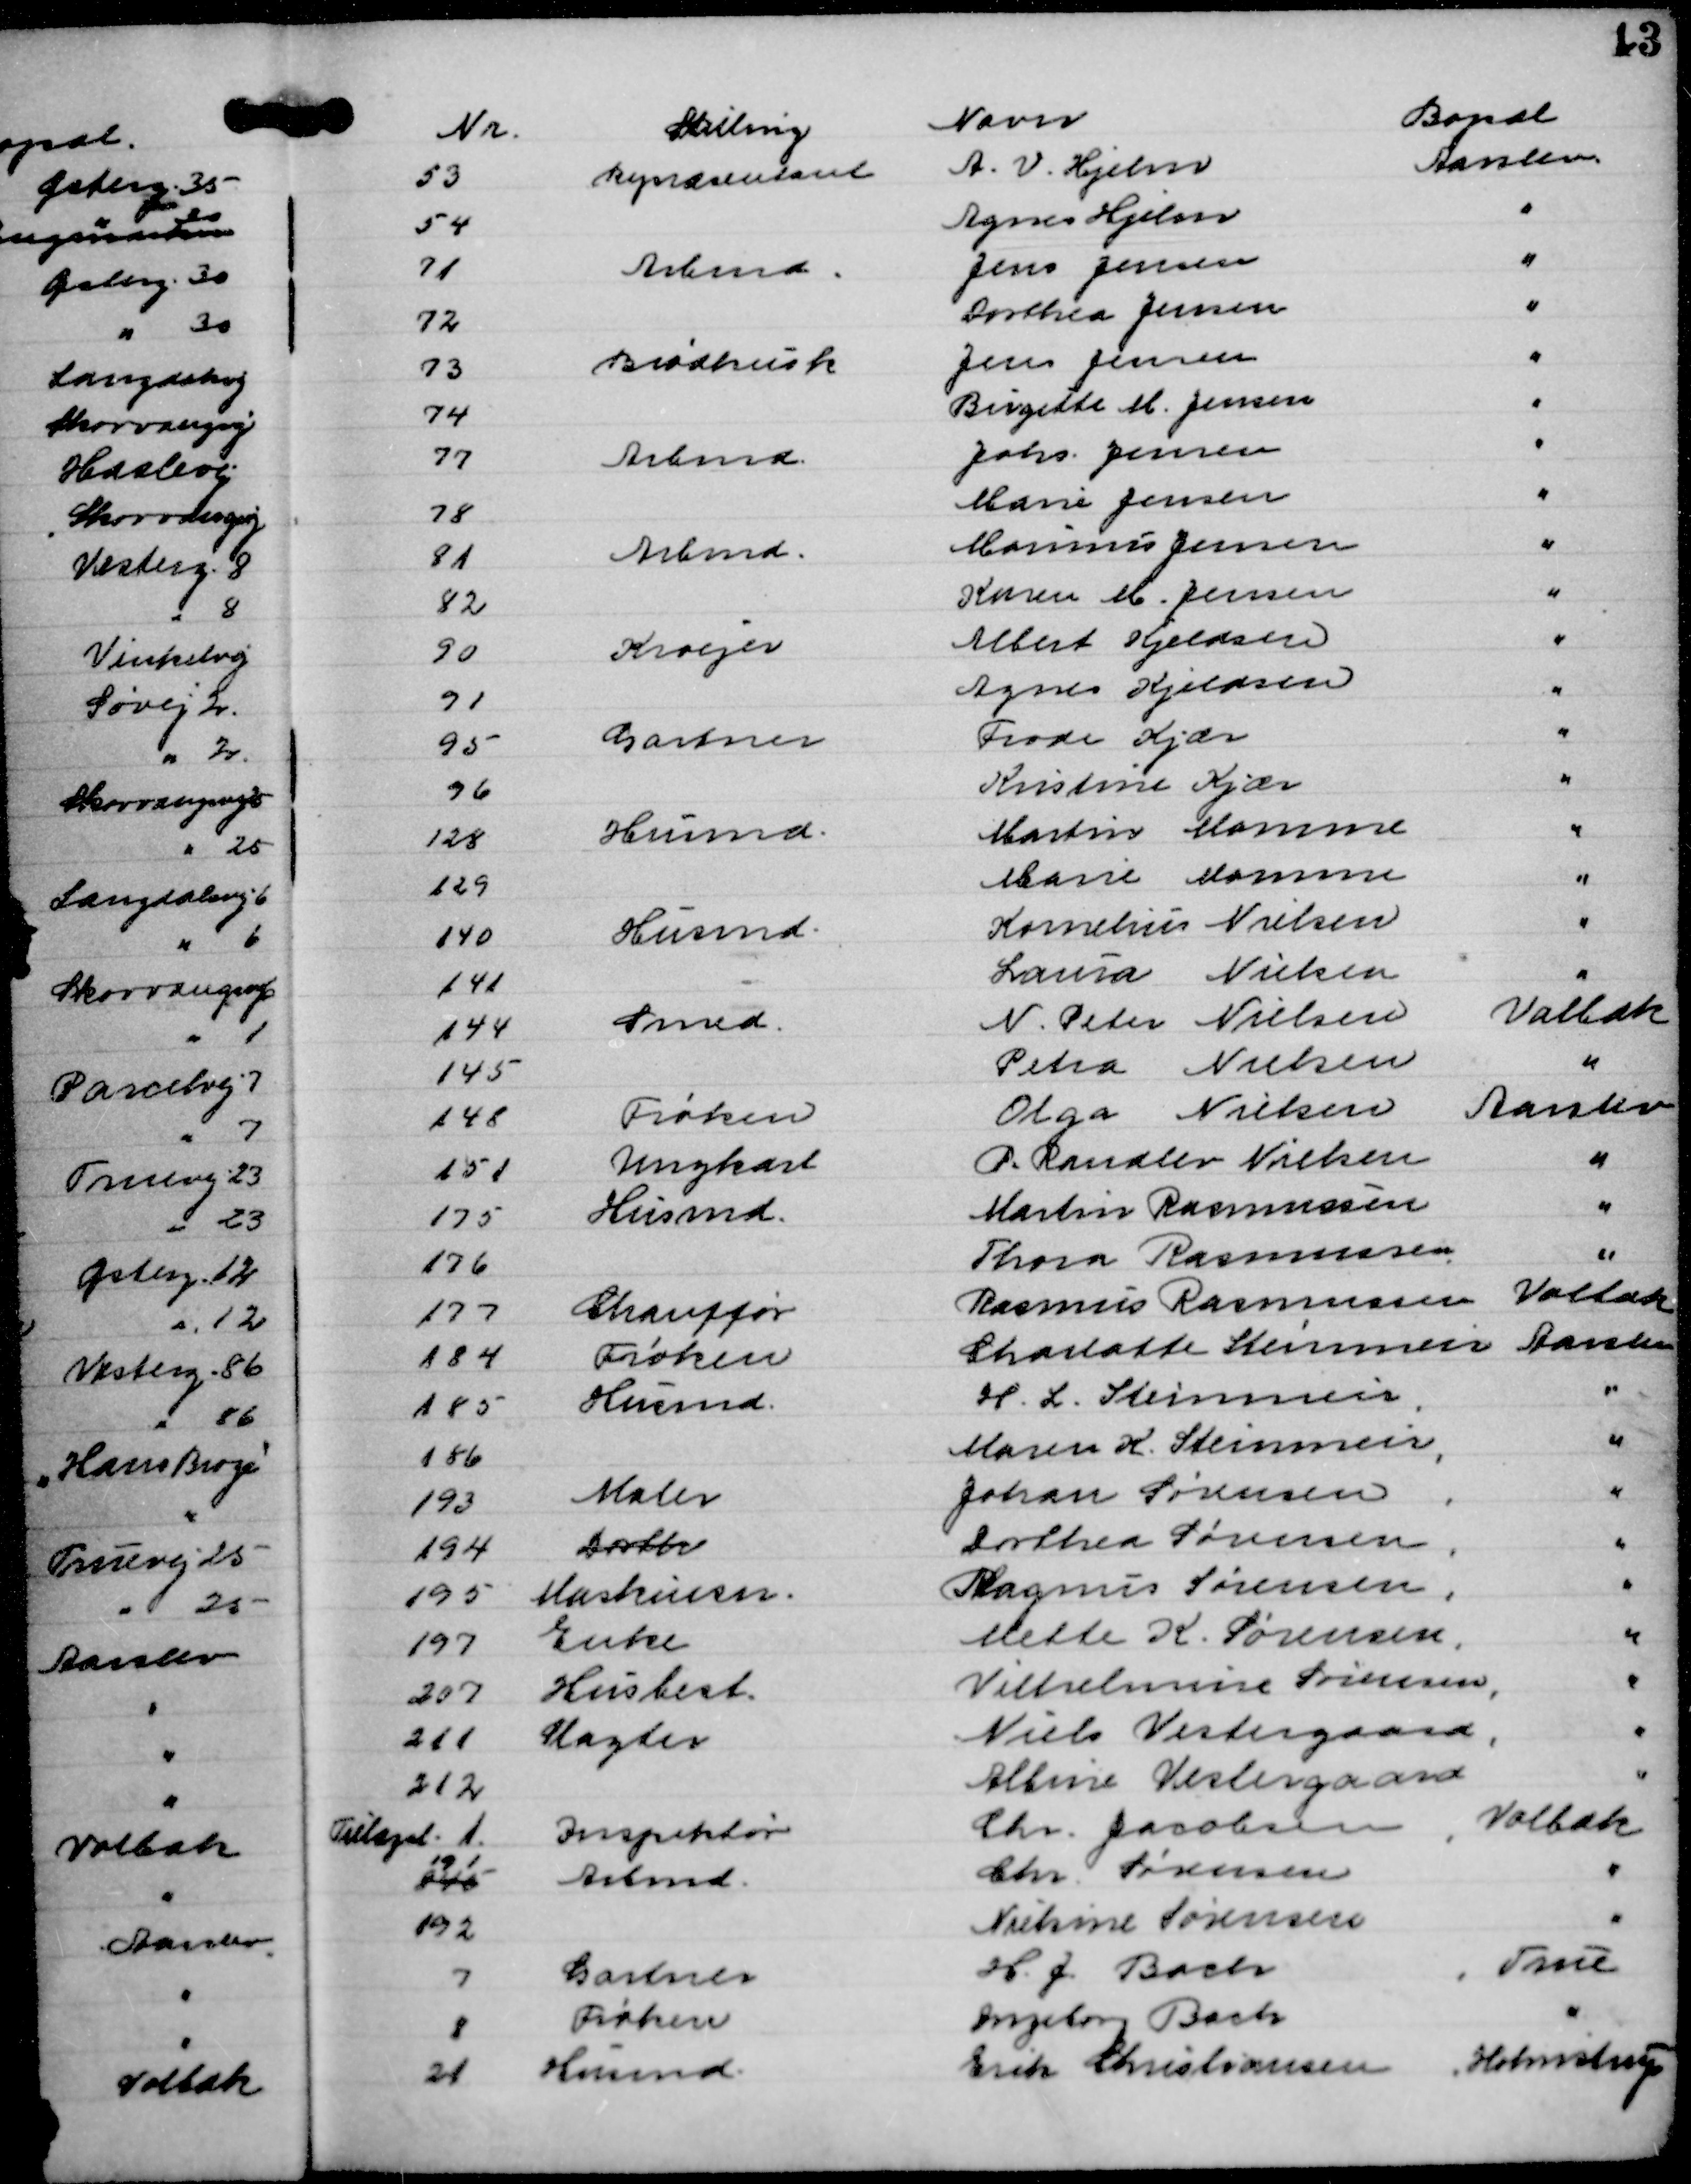
Transskription:
Nr.
Stilling
Navn
Bopæl
53
Repræsentant
A. V. Hjelm
Aarslev
54
Agnes Hjelm
"
71
Arbmd.
Jens Jensen
"
72
Dorthea Jensen
"
73
Brødkusk
Jens Jensen
"
74
Birgitte M. Jensen
"
77
Arbmd.
Johs. Jensen
"
78
Marie Jensen
"
81
Arbmd.
Marinus Jensen
"
82
Karen M. Jensen
"
90
Kroejer
Albert Kjeldsen
"
91
Agnes Kjeldsen
"
95
Gartner
Frode Kjær
"
96
Kristine Kjær
"
128
Husmd.
Martin Momme
"
129
Marie Momme
"
140
Husmd.
Kornelius Nielsen
"
141
Laura Nielsen
"
144
Smed.
N. Peter Nielsen
Volbæk
145
Petra Nielsen
"
148
Frøken
Olga Nielsen
Aarslev
151
Ungkarl
P. Randlev Nielsen
"
175
Husmd.
Martin Rasmussen
"
176
Thora Rasmussen
"
177
Chauffør
Rasmus Rasmussen
Volbæk
184
Frøken
Charlotte Steinmeir
Aarslev
185
Husmd.
H. L. Steinmeir ,
"
186
Maren R. Steinmeir,
"
193
Maler
Johan Sørensen ,
"
194
Dorth
Dorthea Sørensen ,
"
195
Maskinm.
Magnus Sørensen ,
"
197
Enke
Mette K. Sørensen ,
"
207
Husbest.
Vilhelmine Sørensen ,
"
221
Slagter
Niels Vestergaard ,
"
212
Albine Vestergaard
"
Tillægsl. 1.
Inspektør
Chr. Jacobsen ,
Volbæk
245
191
Arbmd.
Chr. Sørensen
"
192
Nielsine Sørensen
"
7
Gartner
H. J. Bach
, True
8
Frøken
Ingeborg Bach
"
21
Husmd.
Erk Christiansen
Holmstrup